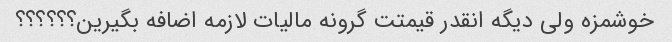
خوشمزه ولی دیگه انقدر قیمتت گرونه مالیات لازمه اضافه بگیرین؟؟؟؟؟؟